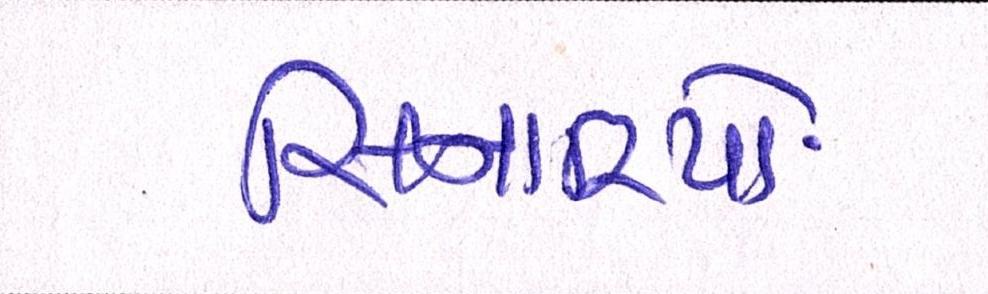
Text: સિનારિયો